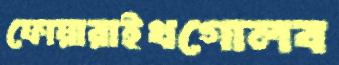
ফোয়ারাইখগোলব